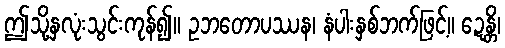
ဤသို့နှလုံးသွင်းကုန်၍။ ဥဘတောပဿန၊ နံပါးနှစ်ဘက်ဖြင့်။ ဍေန္တိ၊